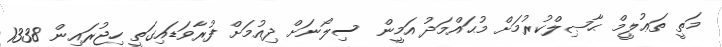
މަތީ ތަޢުލީމް ޙާޞިލްކުރުމަށް މުޙައްމަދު އަމީން ސިލޯނަށް ދިއުމަށް ފުރާވަޑައިގަތީ ހިޖުރައިން 1338